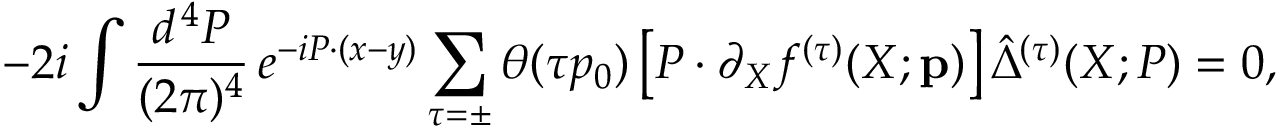
- 2 i \int \frac { d ^ { \, 4 } P } { ( 2 \pi ) ^ { 4 } } \, e ^ { - i P \cdot ( x - y ) } \sum _ { \tau = \pm } \theta ( \tau p _ { 0 } ) \left[ P \cdot \partial _ { X } f ^ { ( \tau ) } ( X ; { \bf p } ) \right] \hat { \Delta } ^ { ( \tau ) } ( X ; P ) = 0 ,